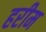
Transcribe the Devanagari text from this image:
हरीम